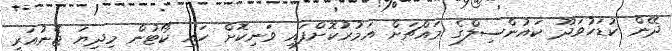
ދޭން ކުޑަހުވަދޫ ކައުންސިލްގެ މައްޗަށް އަމުރުކޮށްފައި ވަނިކޮށް ހައި ކޯޓުން މިދިޔަ ޖެނުއަރީ